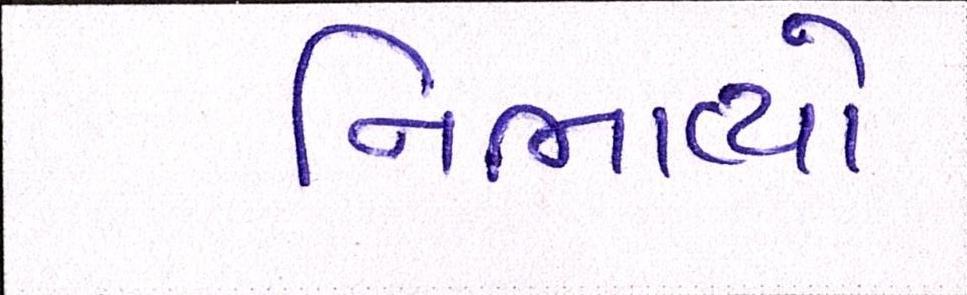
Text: નિભાવ્યો